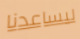
ليساعدنا